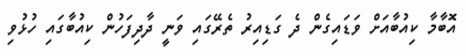
އޮބާމާ ކިއުބާއަށް ވަޑައިގެން ދެ ގަޑިއިރު ތެރޭގައި ވަނީ ދާދިފަހުން ކިއުބާގައި ހުޅުވި